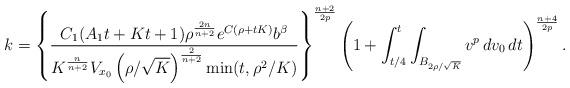
LaTeX: \begin{align*}k=\left\{\frac{C_1(A_1t+Kt+1)\rho^{\frac{2n}{n+2}}e^{C(\rho+tK)}b^{\beta}}{K^{\frac{n}{n+2}}V_{x_0}\left(\rho/\sqrt{K}\right)^{\frac{2}{n+2}}\min(t,\rho^2/K)}\right\}^{\frac{n+2}{2p}}\left(1+\int_{t/4}^t\int_{B_{2\rho/\sqrt{K}}}v^p\,dv_0\,dt\right)^{\frac{n+4}{2p}}.\end{align*}